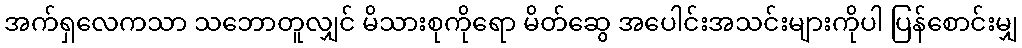
အက်ရှလေကသာ သဘောတူလျှင် မိသားစုကိုရော မိတ်ဆွေ အပေါင်းအသင်းများကိုပါ ပြန်စောင်းမျှ